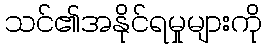
သင်၏အနိုင်ရမှုများကို